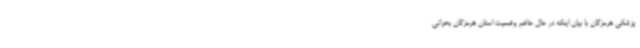
پزشکی هرمزگان با بیان اینکه در حال حاضر وضعیت استان هرمزگان بحرانی